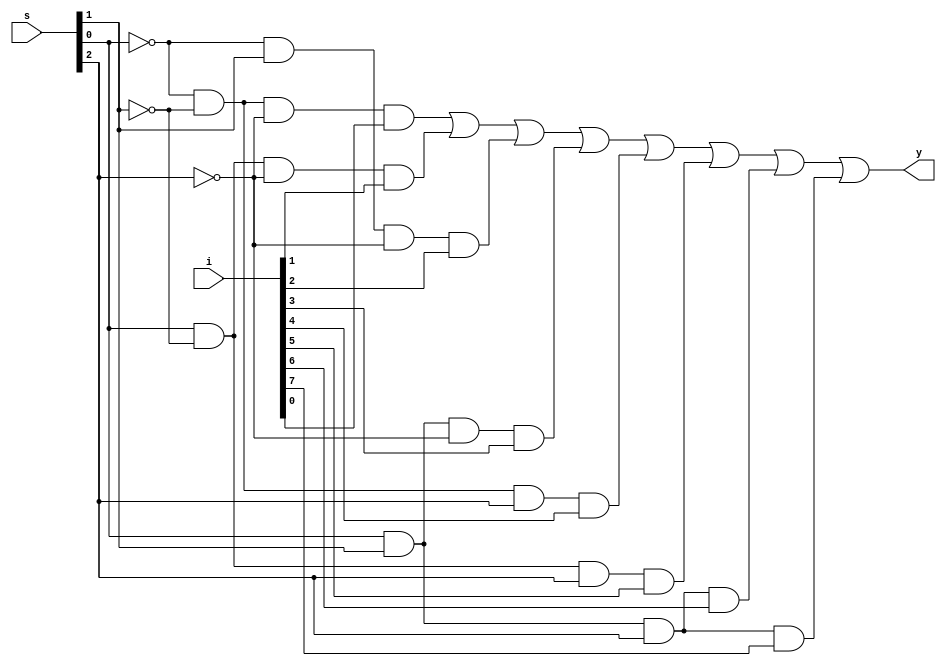
module mux8x1(i,s,y);
  
  input [7:0] i;
  input [2:0] s;
  output y;
  
  assign y = (~s[0] & ~s[1] & ~s[2] & i[0]) |(s[0] & ~s[1] & ~s[2] & i[1]) |(~s[0] & s[1] & ~s[2] & i[2]) |(s[0] & s[1] & ~s[2] & i[3]) |(~s[0] & ~s[1] & s[2] & i[4]) |(s[0] & ~s[1] & s[2] & i[5]) |(s[0] & s[1] & s[2] & i[6]) |(s[0] & s[1] & s[2] & i[7]);
  
endmodule